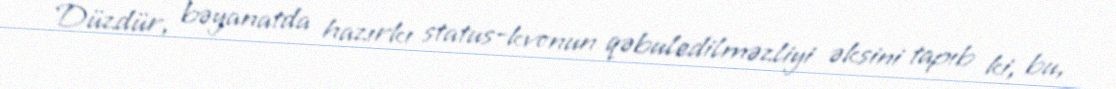
Düzdür, bəyanatda hazırkı status-kvonun qəbuledilməzliyi əksini tapıb ki, bu,